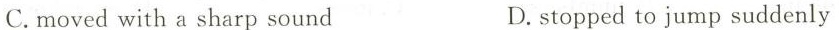
C. moved with a sharp sound D.stopped to jump suddenly